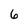
Character: 6